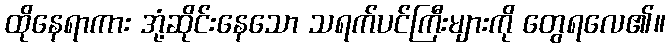
ထိုနေရာကား အုံ့ဆိုင်းနေသော သရက်ပင်ကြီးများကို တွေရလေ၏။